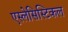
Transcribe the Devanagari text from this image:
एस्लेसिस्टिकल